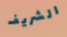
الشريف